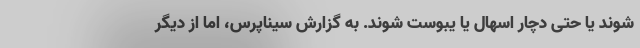
شوند یا حتی دچار اسهال یا یبوست شوند. به گزارش سیناپرس، اما از دیگر